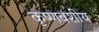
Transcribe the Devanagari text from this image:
कृष्णवंशीय